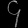
Digit: ၄